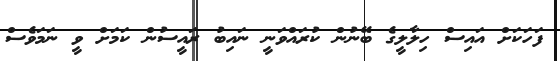
ފަހަކަށް އައިސް ހިލާލީގެ ބޭނުން ކުރައްވަނީ ނައިބު ރައީސުން ކަމަށް ވީ ނަމަވެސް